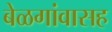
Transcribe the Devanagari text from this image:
बेळगांवासह